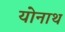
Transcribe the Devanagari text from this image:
योनाथ